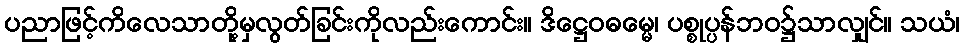
ပညာဖြင့်ကိလေသာတို့မှလွတ်ခြင်းကိုလည်းကောင်း။ ဒိဋ္ဌေဝဓမ္မေ၊ ပစ္စုပ္ပန်ဘဝ၌သာလျှင်။ သယံ၊